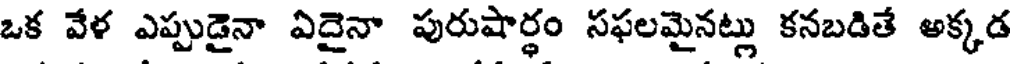
ఒక వేళ ఎప్పుడైనా ఏదైనా పురుషార్థం సఫలమైనట్లు కనబడితే అక్కడ